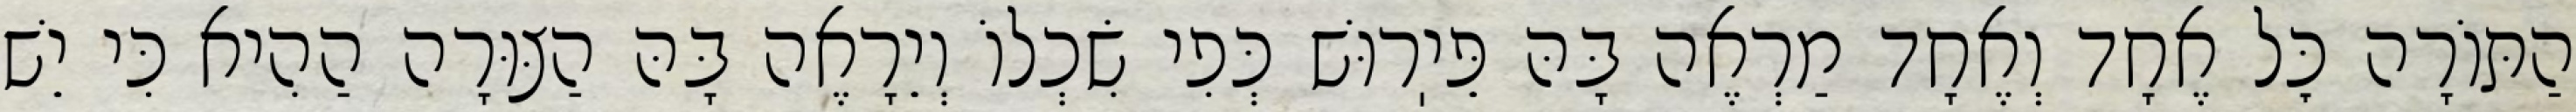
הַתּוֹרָה כׇּל אֶחָד וְאֶחָד מַרְאֶה בָּהּ פֵּיֽרוּשׁ כְּפִי שִׂכְלוֹ וְיֵרָאֶה בָּהּ הַצּוּרָה הַהִיא כִּי יֵשׁ